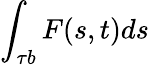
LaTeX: \int_{\tau b}{F(s,t)ds}